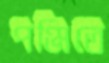
পঞ্জিতে